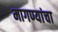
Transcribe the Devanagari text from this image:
मागण्यांचा